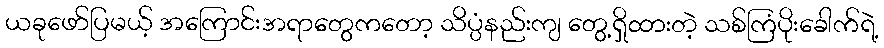
ယခုဖော်ပြမယ့် အကြောင်းအရာတွေကတော့ သိပ္ပံနည်းကျ တွေ့ရှိထားတဲ့ သစ်ကြံပိုးခေါက်ရဲ့